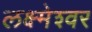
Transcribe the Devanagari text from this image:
लक्ष्मेश्‍वर